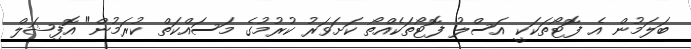
ބަލަމުން އެ ފޮޓޯތަކަކީ އަސްލު ފޮޓޯތަކެއްތޯ ކަށަވަރު ކުރުމުގެ މަސައްކަތް ކުރަމުން" އޮފިޝަލް